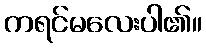
ကရင်မလေးပါ၏။